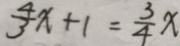
\frac { 4 } { 3 } x + 1 = \frac { 3 } { 4 } x